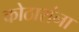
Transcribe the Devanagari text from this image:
कोठारांना